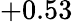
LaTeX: +0.53